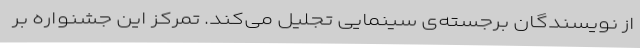
از نویسندگان برجسته‌ی سینمایی تجلیل می‌کند. تمرکز این جشنواره بر